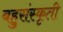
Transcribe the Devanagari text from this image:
बहुसंस्कृती